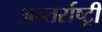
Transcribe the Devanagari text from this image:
अन्तर्राष्ट्री